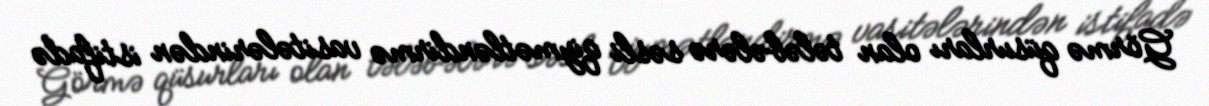
Görmə qüsurları olan tələbələrə səsli qiymətləndirmə vasitələrindən istifadə